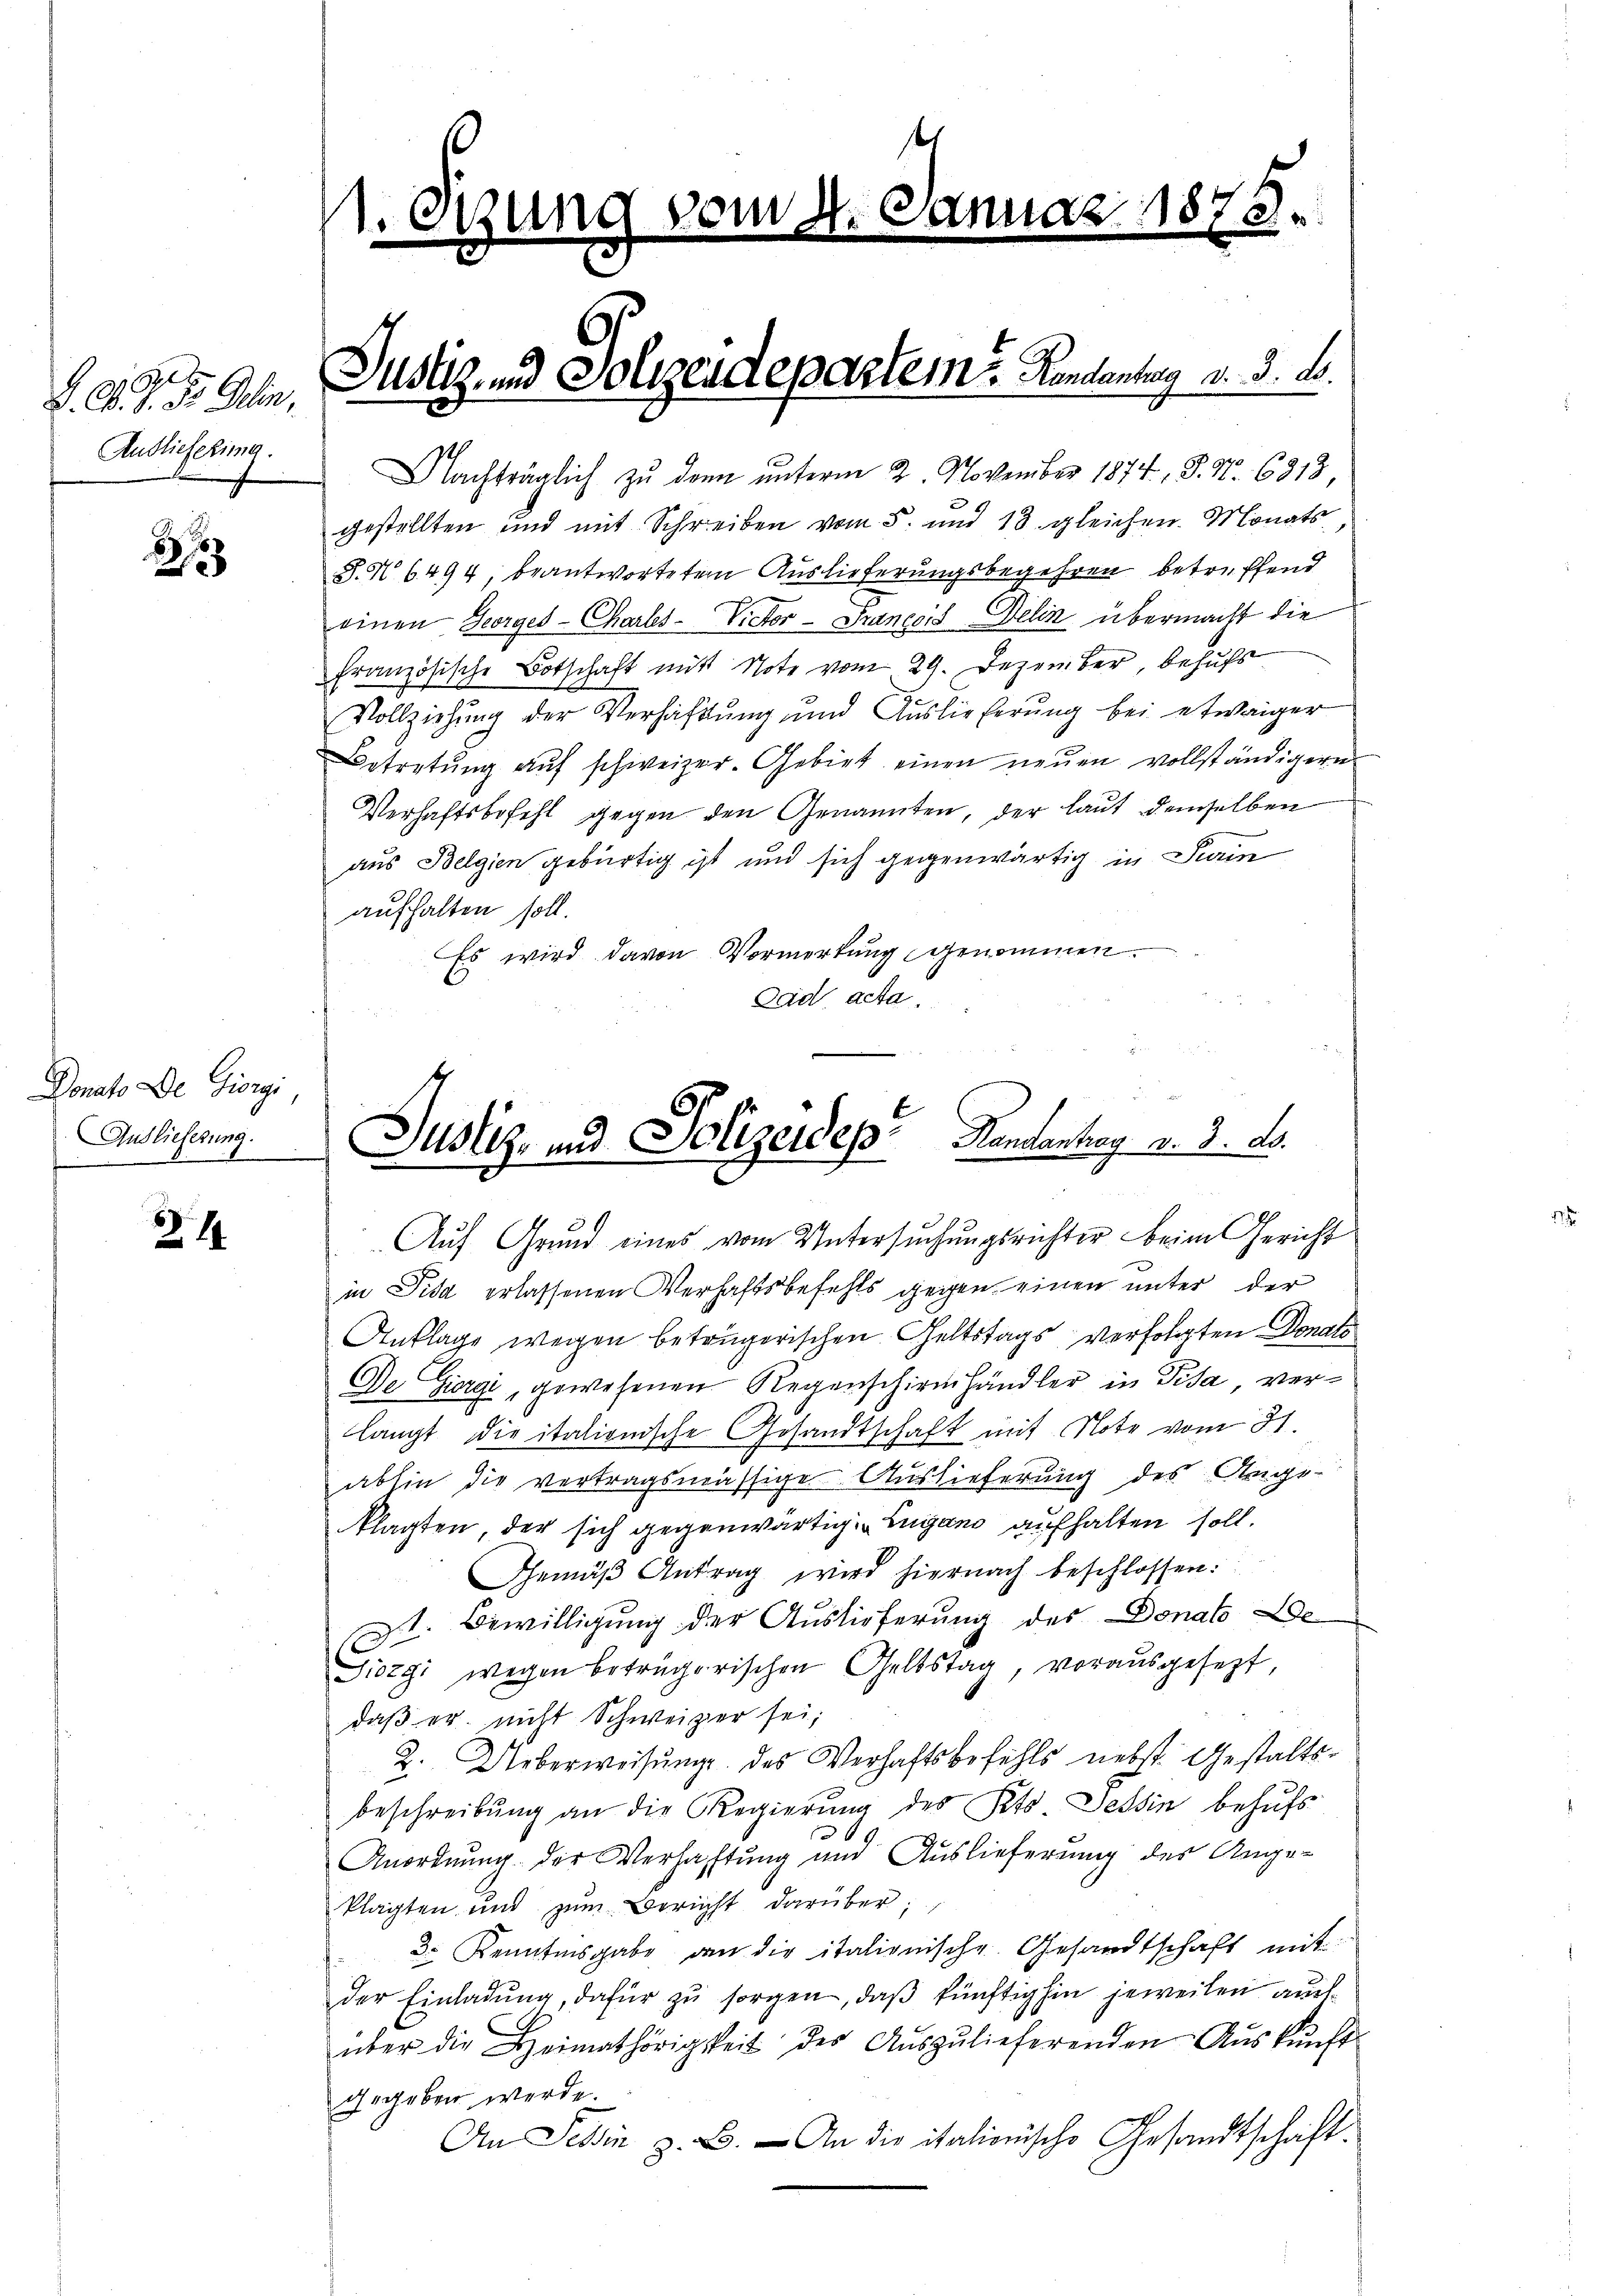
J. A. H. d. Gelen,
Auslieferung.

8

Donato De Giorgi,
Auslieferung.

214

1. C

vom 4. Januar 1878.

Nachträglich zu den unterm 2. November 1874, S. Nr. 6813
gestellten und mit Schreiben vom 5. und 13 gleichen. Monats
S.N. 6494, beantworteten Auslieferungsbegehren betreffend
einen Georges - Charls-Victor-Granecis Delin übermacht die
französische Botschaft mit Note vom 29. Dezember behufs
Vollziehung der Verhaftung und Auslieferung bei etwaiger
Betretŭng auf schweizer-Gebiet einen neuen vollständigern
Verhaftsbefehl gegen den Genannten, der laut demselben
aus Belgien gebürtig ist und sich gegenwärtig in Sein
aufhalten soll.
Es wird davon Vormerkung genommen.
Lad acta
Auf Grund eines vom Untersuchungsrichter beim Gericht
in Pisa erlassenen Verhaftsbefehls gegen einen unter der
Anklage wegen betrügerischen Geltstags verfolgten Donats
De Giorgi, gewesenen Regenschirmhändler in Pisa verlangt die italionische Gesandtschaft mit Note vom 31.
abhin die vertragsmässige Auslieferung des Angs-
klagten der sich gegenwärtig. Lugano aufhalten soll.
Gemäβ Antrag wird hiernach beschlossen.
1. Bewilligung der Auslieferung des Donat De
Siorgi wegen beträgerischen Geltstag, vorausgesezt,
daß er nicht Schweizer sei;
2. Ueberweisung des Verhaftsbefehls nebst Gestaltsbeschreibŭng an die Regierŭng des Peto Tessin behŭfs
6
Anordnung der Verhaftung und Auslieferung des Angeklagten und zŭm Bericht darüber
Dr Kenntnisgabe den die italienische Gesandtschaft mit
der Einladŭng, dafür zŭ sorgen, daß künftighin jeweilen auch
über die Heimathörigkeit der Auszulieferenden Auskunft
gegeben werde.
An Tessin z. B. An die italienische Gesandtschaft.

Justiz und Polizendepartem Randantag v. 3. d.

Justiz- und Polizeides Pendanthey v. 3. 2.